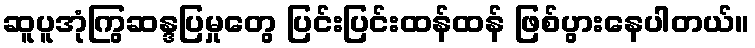
ဆူပူအုံကြွဆန္ဒပြမှုတွေ ပြင်းပြင်းထန်ထန် ဖြစ်ပွားနေပါတယ်။